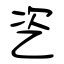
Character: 乲